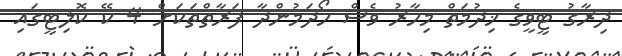
ދިރާގު ޓީވީގެ ޚިދުމަތް މިހާރު ވެސް ހޯދަމުންދާ ފަރާތްތަކަށް 4 ކޭ ކޮލިޓީގައި